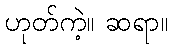
ဟုတ်ကဲ့။ ဆရာ။